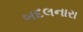
બદલનારા